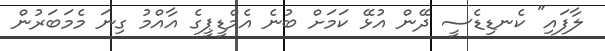
ލާފައި" ކެނޑިޑެސީ ދޭން އުޅޭ ކަމަށް ބުނެ އެމްޑީޕީގެ އާއްމު ގިނަ މެމަބަރުން